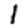
Digit: 1